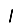
Digit: 1